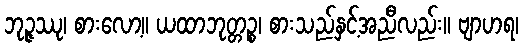
ဘုဉ္ဇဿု၊ စားလော့။ ယထာဘုတ္တဉ္စ၊ စားသည်နှင့်အညီလည်း။ ဗျာဟရ၊